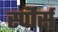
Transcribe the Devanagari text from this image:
स्पॊर्स